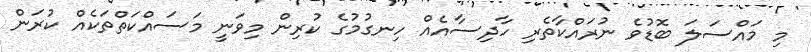
މި މައްސަލަ ބޮޑުވެ ނުރައްކާތެރި ހާދިސާއެއް ހިނގުމުގެ ކުރިން މިވަނީ މަސައްކަތްތަކެއް ކުރަން